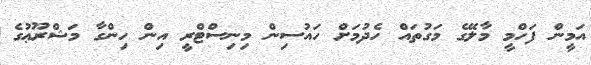
އަމީން ފަހްމީ މާލޭގެ މަގުތައް ހެދުމަށް ހައުސިން މިނިސްޓްރީ އިން ހިންގާ މަޝްރޫޢުގެ